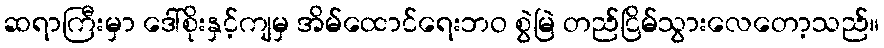
ဆရာကြီးမှာ ဒေါ်စိုးနှင့်ကျမှ အိမ်ထောင်ရေးဘဝ စွဲမြဲ တည်ငြိမ်သွားလေတော့သည်။